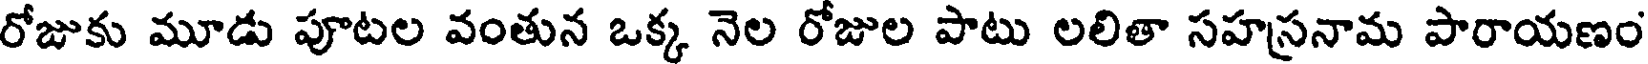
రోజుకు మూడు పూటల వంతున ఒక్క నెల రోజుల పాటు లలితా సహస్రనామ పారాయణం